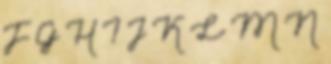
F G H I J K L M N